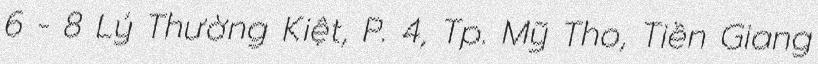
6 - 8 Lý Thường Kiệt, P. 4, Tp. Mỹ Tho, Tiền Giang